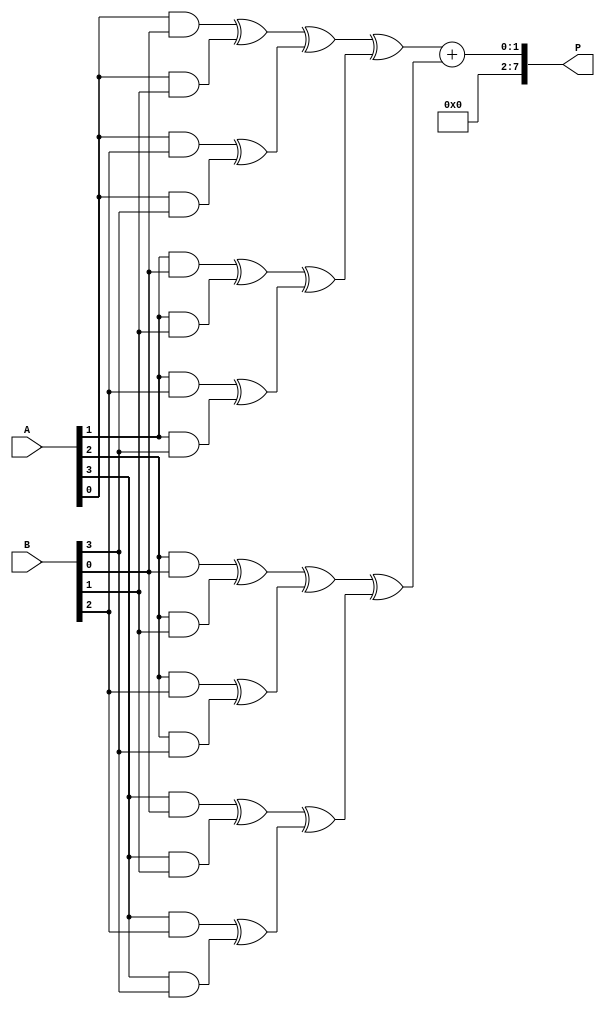
module dadda_multiplier #(parameter A_WIDTH = 4, B_WIDTH = 4)(
    input [A_WIDTH-1:0] A,
    input [B_WIDTH-1:0] B,
    output reg [A_WIDTH + B_WIDTH - 1:0] P
);

// Generate partial products
wire [A_WIDTH * B_WIDTH - 1:0] partial_products;
genvar i, j;

generate
    for (i = 0; i < A_WIDTH; i = i + 1) begin : pp_gen
        for (j = 0; j < B_WIDTH; j = j + 1) begin : pp_gen_inner
            assign partial_products[i * B_WIDTH + j] = A[i] & B[j];
        end
    end
endgenerate

// Reduction tree
wire [A_WIDTH * B_WIDTH - 1:0] pp_stage1;
wire [A_WIDTH * B_WIDTH - 1:0] pp_stage2;
wire [A_WIDTH * B_WIDTH - 1:0] pp_stage3;

// Stage 1: Pairwise addition of partial products
generate
    for (i = 0; i < A_WIDTH * B_WIDTH / 2; i = i + 1) begin : stage1
        assign pp_stage1[i] = partial_products[2*i] ^ partial_products[2*i + 1]; // Half adder
        assign pp_stage1[i + A_WIDTH * B_WIDTH / 2] = partial_products[2*i] & partial_products[2*i + 1]; // Carry
    end
endgenerate

// Stage 2: Reduce the number of rows
generate
    for (i = 0; i < A_WIDTH * B_WIDTH / 4; i = i + 1) begin : stage2
        assign pp_stage2[i] = pp_stage1[2*i] ^ pp_stage1[2*i + 1];
        assign pp_stage2[i + A_WIDTH * B_WIDTH / 4] = pp_stage1[2*i] & pp_stage1[2*i + 1];
    end
endgenerate

// Stage 3: Final reduction
generate
    for (i = 0; i < A_WIDTH * B_WIDTH / 8; i = i + 1) begin : stage3
        assign pp_stage3[i] = pp_stage2[2*i] ^ pp_stage2[2*i + 1];
        assign pp_stage3[i + A_WIDTH * B_WIDTH / 8] = pp_stage2[2*i] & pp_stage2[2*i + 1];
    end
endgenerate

// Final addition of the last two rows
wire [A_WIDTH + B_WIDTH - 1:0] final_sum;
wire carry_out;

assign {carry_out, final_sum} = pp_stage3[0] + pp_stage3[1];

// Output the final product
always @(*) begin
    P = final_sum;
end

endmodule